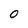
Character: O